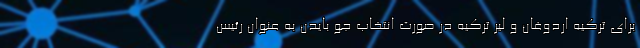
برای ترکیه اردوغان و لیر ترکیه در صورت انتخاب جو بایدن به عنوان رئیس